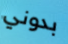
بدوني